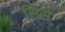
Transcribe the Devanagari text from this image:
सिसे